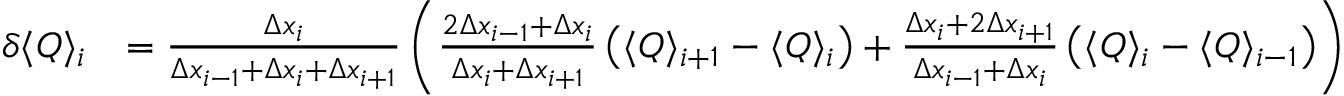
\begin{array} { r l } { \delta \langle Q \rangle _ { i } } & { = \frac { \Delta x _ { i } } { \Delta x _ { i - 1 } + \Delta x _ { i } + \Delta x _ { i + 1 } } \left( \frac { 2 \Delta x _ { i - 1 } + \Delta x _ { i } } { \Delta x _ { i } + \Delta x _ { i + 1 } } \left( \langle Q \rangle _ { i + 1 } - \langle Q \rangle _ { i } \right) + \frac { \Delta x _ { i } + 2 \Delta x _ { i + 1 } } { \Delta x _ { i - 1 } + \Delta x _ { i } } \left( \langle Q \rangle _ { i } - \langle Q \rangle _ { i - 1 } \right) \right) } \end{array}